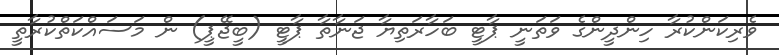
ވެރިކަންކުރާ ހިންދީންގެ ވަތަނީ ޕާޓީ ބަހާރަތިޔާ ޖަނާތާ ޕާޓީ (ބީޖޭޕީ) ން މަސައްކަތްކުރާތީ